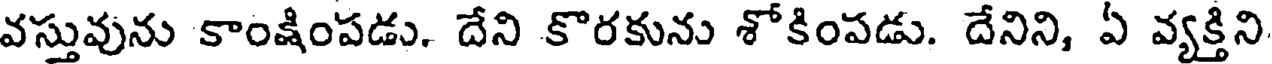
వస్తువును కాంక్షింపడు. దేని కొరకును శోకింపడు. దేనిని, ఏ వ్యక్తిని